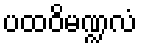
ပထဝိမဏ္ဍလံ